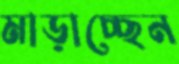
মাড়াচ্ছেন